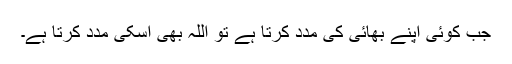
جب کوئی اپنے بھائی کی مدد کرتا ہے تو اللہ بھی اسکی مدد کرتا ہے۔